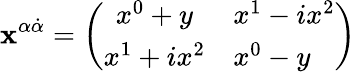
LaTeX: \mathbf{x}^{\alpha{\dot{{\alpha}}}}=\left(\begin{array}{cl}{{x^{0}+y}}&{{x^{1}-ix^{2}}}\\ {{x^{1}+ix^{2}}}&{{x^{0}-y}}\end{array}\right)